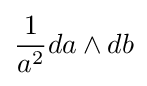
{\frac {1}{a^{2}}}da\wedge db